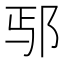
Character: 𫑚